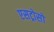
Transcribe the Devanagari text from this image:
एसट्रोसो